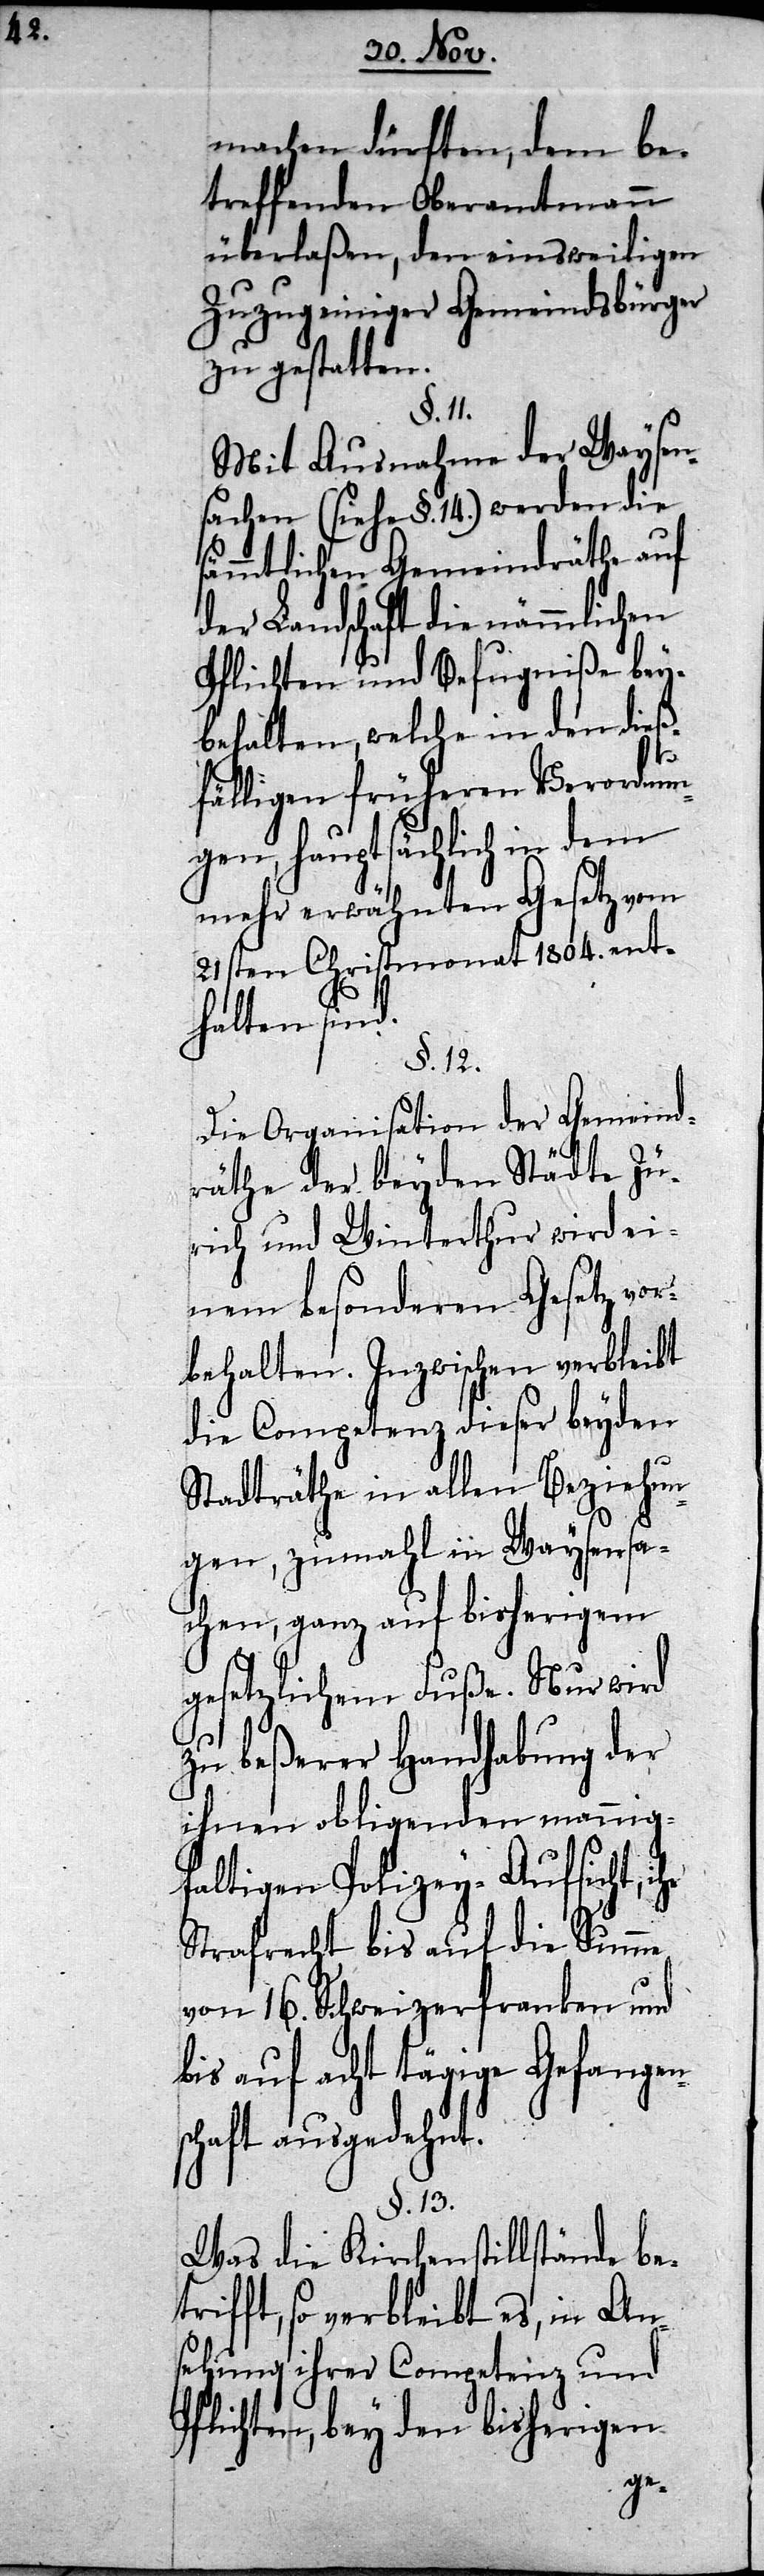
machen dürften, dem be¬
treffenden Oberamtmann
überlaßen, den einsweiligen
Zuzug einiger Gemeindsbürger
zu gestatten.
§. 11.
Mit Ausnahme der Waysen¬
sachen (siehe §. 14) werden die
sämmtlichen Gemeindräthe auf
der Landschaft die nämmlichen
Pflichten und Befugniße bey¬
behalten, welche in den dieß¬
fälligen früheren Verordnun¬
gen, hauptsächlich in dem
mehr erwähnten Gesetz vom
21sten Christmonat 1804. ent¬
halten sind.
§. 12.
Die Organisation der Gemeind¬
räthe der beyden Städte Zü¬
rich und Winterthur wird ei¬
nem besonderen Gesetz vor¬
behalten. Inzwischen verbleibt
die Competenz dieser beyden
Stadträthe in allen Beziehun¬
gen, zumahl in Waysensa¬
chen, ganz auf bisherigem
gesetzlichem Fuße. Nur wird
zu beßerer Handhabung der
ihnen obligenden mannig¬
faltigen Polizey-Aufsicht,
Strafrecht bis auf die Summe
von 16. Schweizerfranken und
bis auf acht tägige Gefangen¬
chaft ausgedehnt.
§. 13.
Was die Kirchenstillstände be¬
trifft, so verbleibt es, in An¬
sehung ihrer Competenz und
Pflichten, bey den bisherigen
s¬